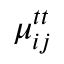
\mu _ { i j } ^ { t t }